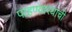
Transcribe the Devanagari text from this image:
पाहण्यारयाची